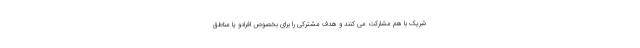
شریک با هم مشارکت می کنند و هدف مشترکی را برای بخصوص افرادو یا مناطق